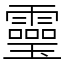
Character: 𩆜